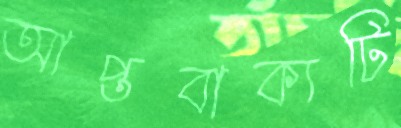
আপ্তবাক্যটি